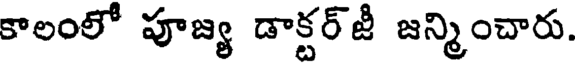
కాలంలో పూజ్య డాక్టర్జీ జన్మించారు.